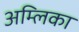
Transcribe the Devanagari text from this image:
अम्लिका